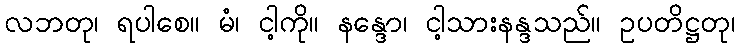
လဘတု၊ ရပါစေ။ မံ၊ ငါ့ကို။ နန္ဒော၊ ငါ့သားနန္ဒသည်။ ဥပတိဋ္ဌတု၊